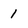
Character: 1